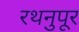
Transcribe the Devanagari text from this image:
रथनुपूर